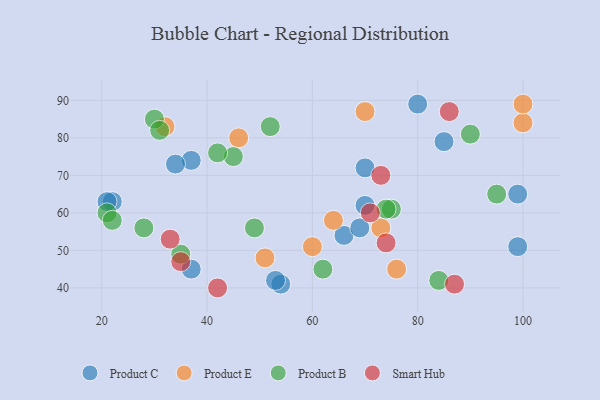
{"axis": {"x": "GDP", "y": "Life Expectancy"}, "legend": ["Product B", "Product C", "Product E", "Smart Hub"], "data": [{"x": "70", "y": 62, "type": "Product C"}, {"x": "37", "y": 74, "type": "Product C"}, {"x": "85", "y": 79, "type": "Product C"}, {"x": "70", "y": 72, "type": "Product C"}, {"x": "99", "y": 65, "type": "Product C"}, {"x": "22", "y": 63, "type": "Product C"}, {"x": "37", "y": 45, "type": "Product C"}, {"x": "66", "y": 54, "type": "Product C"}, {"x": "80", "y": 89, "type": "Product C"}, {"x": "54", "y": 41, "type": "Product C"}, {"x": "34", "y": 73, "type": "Product C"}, {"x": "21", "y": 63, "type": "Product C"}, {"x": "53", "y": 42, "type": "Product C"}, {"x": "99", "y": 51, "type": "Product C"}, {"x": "69", "y": 56, "type": "Product C"}, {"x": "60", "y": 51, "type": "Product E"}, {"x": "70", "y": 87, "type": "Product E"}, {"x": "46", "y": 80, "type": "Product E"}, {"x": "100", "y": 84, "type": "Product E"}, {"x": "76", "y": 45, "type": "Product E"}, {"x": "51", "y": 48, "type": "Product E"}, {"x": "32", "y": 83, "type": "Product E"}, {"x": "73", "y": 56, "type": "Product E"}, {"x": "100", "y": 89, "type": "Product E"}, {"x": "64", "y": 58, "type": "Product E"}, {"x": "84", "y": 42, "type": "Product B"}, {"x": "45", "y": 75, "type": "Product B"}, {"x": "21", "y": 60, "type": "Product B"}, {"x": "75", "y": 61, "type": "Product B"}, {"x": "28", "y": 56, "type": "Product B"}, {"x": "49", "y": 56, "type": "Product B"}, {"x": "90", "y": 81, "type": "Product B"}, {"x": "74", "y": 61, "type": "Product B"}, {"x": "52", "y": 83, "type": "Product B"}, {"x": "95", "y": 65, "type": "Product B"}, {"x": "30", "y": 85, "type": "Product B"}, {"x": "42", "y": 76, "type": "Product B"}, {"x": "62", "y": 45, "type": "Product B"}, {"x": "31", "y": 82, "type": "Product B"}, {"x": "22", "y": 58, "type": "Product B"}, {"x": "35", "y": 49, "type": "Product B"}, {"x": "42", "y": 40, "type": "Smart Hub"}, {"x": "35", "y": 47, "type": "Smart Hub"}, {"x": "73", "y": 70, "type": "Smart Hub"}, {"x": "74", "y": 52, "type": "Smart Hub"}, {"x": "71", "y": 60, "type": "Smart Hub"}, {"x": "87", "y": 41, "type": "Smart Hub"}, {"x": "86", "y": 87, "type": "Smart Hub"}, {"x": "33", "y": 53, "type": "Smart Hub"}]}